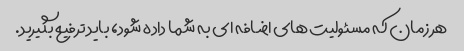
هر زمان که مسئولیت های اضافه ای به شما داده شود، باید ترفیع بگیرید.